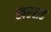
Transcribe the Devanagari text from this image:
खरसड